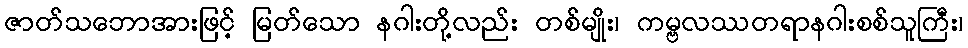
ဇာတ်သဘောအားဖြင့် မြတ်သော နဂါးတို့လည်း တစ်မျိုး၊ ကမ္ဗလဿတရာနဂါးစစ်သူကြီး၊